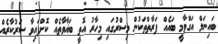
ބައިނަލް އަގްވާމީ ބައެއް ފަރާތްތަކުން މިސްރުގައި މިހާރު އޮތީ ބަޣާވާތެއް ކޮށްފައިވާ ސަރުކާރެއް